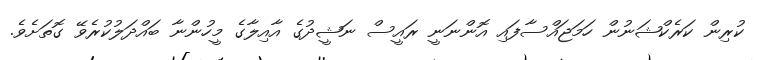
ކުރިން ކަރެކްޝަނުން ހަމަޖައްސާފައި އޮންނަނީ ރައީސް ނަޝީދުގެ އާއިލާގެ މީހުންނާ ބައްދަލުކުރެވޭ ގޮތަށެވެ.